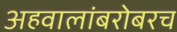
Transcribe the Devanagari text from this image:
अहवालांबरोबरच